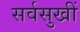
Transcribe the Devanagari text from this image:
सर्वसुखीं